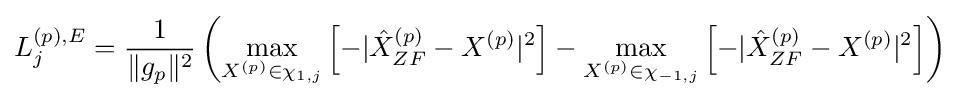
L_{j}^{(p),E}={\frac {1}{\|g_{p}\|^{2}}}\left(\max _{X^{(p)}\in \chi _{1,j}}\left[-|{\hat {X}}_{ZF}^{(p)}-X^{(p)}|^{2}\right]-\max _{X^{(p)}\in \chi _{-1,j}}\left[-|{\hat {X}}_{ZF}^{(p)}-X^{(p)}|^{2}\right]\right)